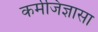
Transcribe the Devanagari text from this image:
कर्मजिज्ञासा